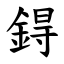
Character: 鍀